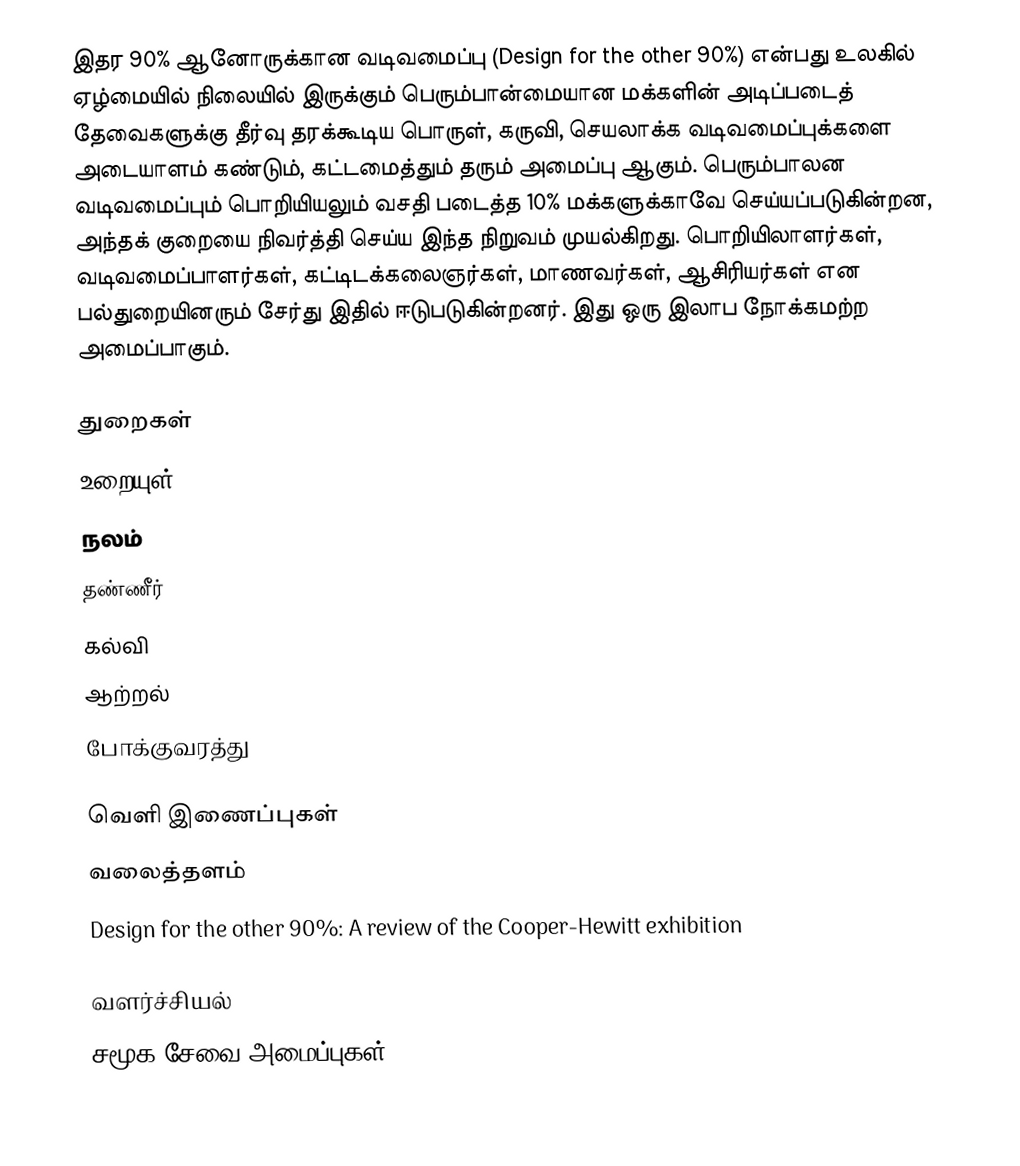
இதர 90% ஆனோருக்கான வடிவமைப்பு (Design for the other 90%) என்பது உலகில் ஏழ்மையில் நிலையில் இருக்கும் பெரும்பான்மையான மக்களின் அடிப்படைத் தேவைகளுக்கு தீர்வு தரக்கூடிய பொருள், கருவி, செயலாக்க வடிவமைப்புக்களை அடையாளம் கண்டும், கட்டமைத்தும் தரும் அமைப்பு ஆகும்.  பெரும்பாலன வடிவமைப்பும் பொறியியலும் வசதி படைத்த 10% மக்களுக்காவே செய்யப்படுகின்றன, அந்தக் குறையை நிவர்த்தி செய்ய இந்த நிறுவம் முயல்கிறது.  பொறியிலாளர்கள், வடிவமைப்பாளர்கள், கட்டிடக்கலைஞர்கள், மாணவர்கள், ஆசிரியர்கள் என பல்துறையினரும் சேர்து இதில் ஈடுபடுகின்றனர்.  இது ஒரு இலாப நோக்கமற்ற அமைப்பாகும்.

துறைகள்
 உறையுள்
 நலம்
 தண்ணீர்
 கல்வி
 ஆற்றல்
 போக்குவரத்து

வெளி இணைப்புகள்
 வலைத்தளம்
 Design for the other 90%: A review of the Cooper-Hewitt exhibition

வளர்ச்சியல்
சமூக சேவை அமைப்புகள்